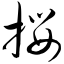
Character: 撄